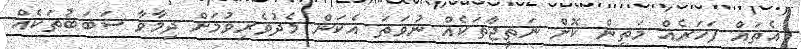
އެތައް ފަހަރެއް މަތިން ކޮށް ނަތީޖާތަކެއް ނުވަތަ އެކަން މެދުވެރިވުމަށް ދިމާވާ ސަބަބުތަކެއް